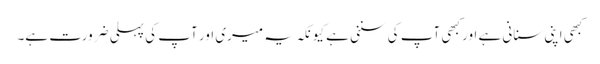
کبھی اپنی سنانی ہے اور کبھی آپ کی سننی ہے کیونکہ یہ میری اور آپ کی پہلی ضرورت ہے۔